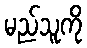
မည်သူကို